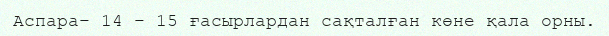
Аспара– 14 – 15 ғасырлардан сақталған көне қала орны.